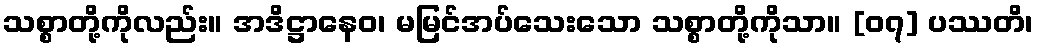
သစ္စာတို့ကိုလည်း။ အဒိဋ္ဌာနေဝ၊ မမြင်အပ်သေးသော သစ္စာတို့ကိုသာ။ [၀၇] ပဿတိ၊